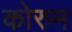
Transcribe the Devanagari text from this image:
कोरुम